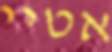
אטיי